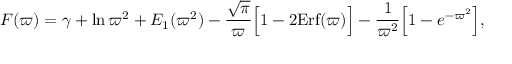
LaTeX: F ( \varpi ) = \gamma + \ln \varpi ^ { 2 } + E _ { 1 } ( \varpi ^ { 2 } ) - { \frac { \sqrt { \pi } } { \varpi } } \Big [ 1 - 2 \mathrm { E r f } ( \varpi ) \Big ] - { \frac { 1 } { \varpi ^ { 2 } } } \Big [ 1 - e ^ { - \varpi ^ { 2 } } \Big ] ,